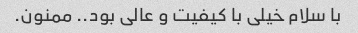
با سلام خیلی با کیفیت و عالی بود.. ممنون.